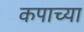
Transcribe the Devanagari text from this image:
कपाच्या